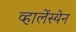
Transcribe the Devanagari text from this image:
व्हालेंस्येन